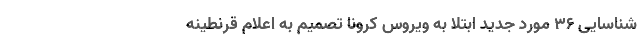
شناسایی ۳۶ مورد جدید ابتلا به ویروس کرونا تصمیم به اعلام قرنطینه